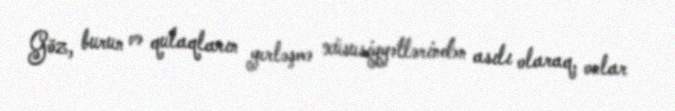
Göz, burun və qulaqların yerləşmə xüsusiyyətlərindən asılı olaraq, onlar